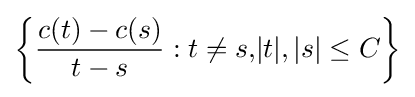
\left\{{\dfrac {c(t)-c(s)}{t-s}}:t\neq s{,}|t|,|s|\leq C\right\}